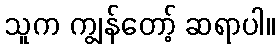
သူက ကျွန်တော့် ဆရာပါ။